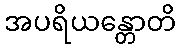
အပရိယန္တောတိ